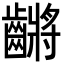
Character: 𪙝